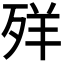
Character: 𦍙